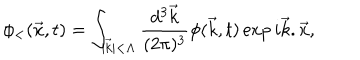
LaTeX: \phi _ { < } ( \vec { x } , t ) = \int _ { \vert \vec { k } \vert < \Lambda } { \frac { d ^ { 3 } \vec { k } } { ( 2 \pi ) ^ { 3 } } } \phi ( \vec { k } , t ) \exp { i \vec { k } . \vec { x } } ,